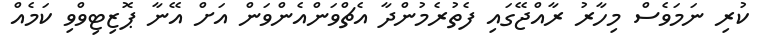
ކުރި ނަމަވެސް މިހާރު ރާއްޖޭގައި ފެތުރެމުންދާ އެޗްވަންއެންވަން އަށް އޭނާ ޕޮޒިޓިވްވި ކަމެއް